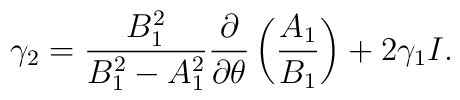
\gamma_2=\frac{B^2_1}{B_1^2-A^2_1}\frac{\partial }{\partial\theta}\left (\frac{A_1}{ B_1}\right )+2\gamma_1 I.